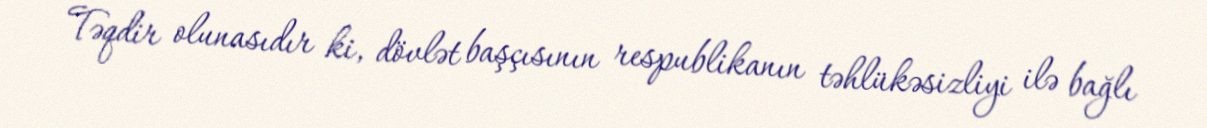
Təqdir olunasıdır ki, dövlət başçısının respublikanın təhlükəsizliyi ilə bağlı